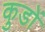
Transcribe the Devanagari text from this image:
कुडों